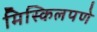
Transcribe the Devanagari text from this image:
मिस्किलपणे